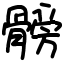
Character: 髈